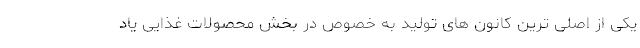
یکی از اصلی ترین کانون های تولید به خصوص در بخش محصولات غذایی یاد